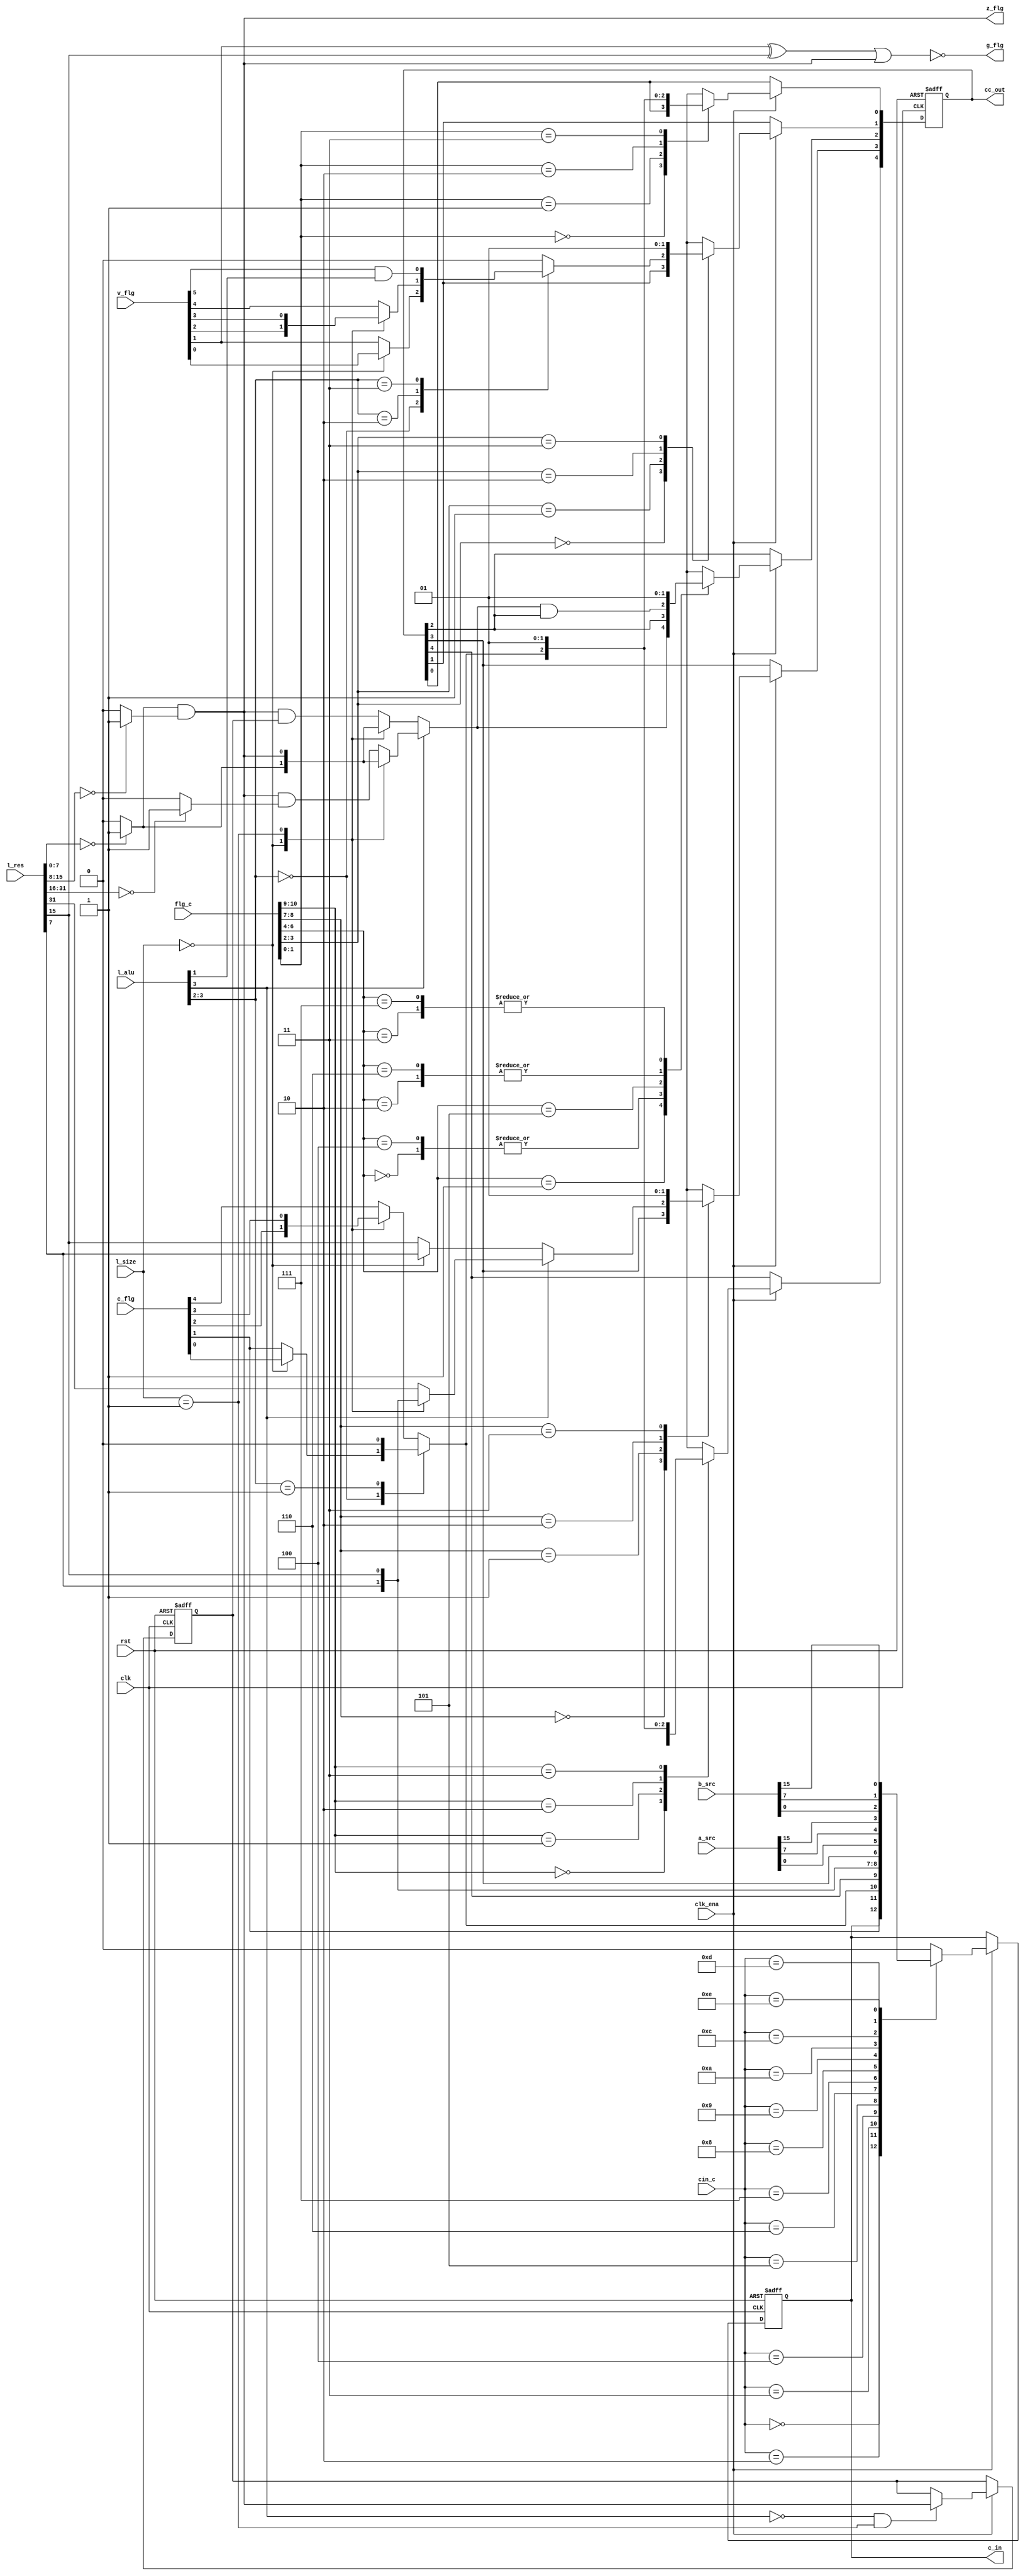
// Copyright 2011-2018 Frederic Requin
//
// This file is part of the MCC216 project
//
// The J68 core:
// -------------
// Simple re-implementation of the MC68000 CPU
// The core has the following characteristics:
//  - Tested on a Cyclone III (90 MHz) and a Stratix II (180 MHz)
//  - from 1500 (~70 MHz) to 1900 LEs (~90 MHz) on Cyclone III
//  - 2048 x 20-bit microcode ROM
//  - 256 x 28-bit decode ROM
//  - 2 x block RAM for the data and instruction stacks
//  - stack based CPU with forth-like microcode
//  - not cycle-exact : needs a frequency ~3 x higher
//  - all 68000 instructions are implemented
//  - almost all 68000 exceptions are implemented (only bus error missing)
//  - only auto-vector interrupts supported

module j68_flags
(
    // Clock and reset
    input             rst,    // CPU reset
    input             clk,    // CPU clock
    /* direct_enable = 1 */ input clk_ena, // CPU clock enable
    // Flags input
    input      [4:0]  c_flg,  // Partial C/X flags
    input      [5:0]  v_flg,  // Partial V flags
    input      [31:0] l_res,  // Latched result for N & Z flags
    input      [3:0]  l_alu,  // Latched ALU control
    input      [1:0]  l_size, // Latched operand size
    // Operand input
    input      [15:0] a_src,  // A operand
    input      [15:0] b_src,  // B operand
    // Flags control
    input      [10:0] flg_c,  // Flags output control
    input      [3:0]  cin_c,  // Carry in control
    // Flags output
    output      [4:0] cc_out,  // XNZVC 68000 flags
    output            c_in,    // Carry in for ALU
    output            z_flg,  // Zero flag for test block
    output            g_flg   // Greater than flag for test block
);
    reg        w_c_flg;
    reg        w_v_flg;
    reg        w_z_flg;
    reg        w_n_flg;
    wire [2:0] w_zero;
    
    reg        r_z_flg;
    reg  [4:0] r_cc_out;
    reg        r_c_in;

    // C/X flag computation
    always@(*) begin : C_X_FLAG
    
        case (l_alu[3:2])
            // Adder
            2'b00 : begin
                if (l_size == 2'b00) begin
                    w_c_flg = c_flg[0]; // Byte
                end
                else begin
                    w_c_flg = c_flg[1]; // Word & Long
                end
            end
            // Logic
            2'b01 : begin
                w_c_flg = 1'b0;
            end
            // Shifter
            default : begin
                case (l_size)
                    2'b00   : w_c_flg = c_flg[2]; // Byte
                    2'b01   : w_c_flg = c_flg[3]; // Word
                    default : w_c_flg = c_flg[4]; // Long
                endcase
            end
        endcase
    end

    // V flag computation
    always@(l_alu or l_size or v_flg) begin : V_FLAG
    
        case (l_alu[3:2])
            // Adder
            2'b00 : begin
                if (l_size == 2'b00) begin
                    w_v_flg = v_flg[0]; // Byte
                end
                else begin
                    w_v_flg = v_flg[1]; // Word & Long
                end
            end
            // Left shifter (ASL case)
            2'b10 : begin
                case (l_size)
                    2'b00   : w_v_flg = v_flg[2]; // Byte
                    2'b01   : w_v_flg = v_flg[3]; // Word
                    default : w_v_flg = v_flg[4]; // Long
                endcase
            end
            // Right shifter (DIVU/DIVS case)
            2'b11 : begin
                w_v_flg = v_flg[5] & l_alu[1];
            end
            // Logic : no overflow
            default : begin
                w_v_flg = 1'b0;
            end
        endcase
    end

    // Z flag computation
    assign w_zero[0] = (l_res[7:0] == 8'h00)      ? 1'b1 : 1'b0;
    assign w_zero[1] = (l_res[15:8] == 8'h00)     ? 1'b1 : 1'b0;
    assign w_zero[2] = (l_res[31:16] == 16'h0000) ? 1'b1 : 1'b0;
    always@(*) begin : Z_FLAG
    
        if (l_alu[3]) begin
            // Shifter
            case (l_size)
                2'b00   : w_z_flg = w_zero[0];                         // Byte
                2'b01   : w_z_flg = w_zero[0] & w_zero[1];             // Word
                default : w_z_flg = w_zero[0] & w_zero[1] & w_zero[2]; // Long
            endcase
        end
        else begin
            // Adder & Logic
            case (l_size)
                2'b00   : w_z_flg = w_zero[0];                         // Byte
                2'b01   : w_z_flg = w_zero[0] & w_zero[1];             // Word
                default : w_z_flg = w_zero[0] & w_zero[1] & r_z_flg;   // Long
            endcase
        end
    end

    // N flag computation
    always@(*) begin : N_FLAG
    
        if (l_alu[3]) begin
            // Shifter
            case (l_size)
                2'b00   : w_n_flg = l_res[7];  // Byte
                2'b01   : w_n_flg = l_res[15]; // Word
                default : w_n_flg = l_res[31]; // Long
            endcase
        end
        else begin
            // Adder & Logic
            case (l_size)
                2'b00   : w_n_flg = l_res[7];  // Byte
                2'b01   : w_n_flg = l_res[15]; // Word
                default : w_n_flg = l_res[15]; // Long
            endcase
        end
    end

    // Flag output control
    //  00 : keep (-)
    //  01 : update (*)
    //  10 : clear (0)
    //  11 : set (1)
    // 100 : update, clear only (.)
    always@(posedge rst or posedge clk) begin : CCR_OUTPUT
    
        if (rst) begin
            r_cc_out  <= 5'b00100;
            r_z_flg <= 1'b0;
        end
        else if (clk_ena) begin
            // C flag update
            case (flg_c[1:0])
                2'b00 : r_cc_out[0] <= r_cc_out[0];
                2'b01 : r_cc_out[0] <= w_c_flg;
                2'b10 : r_cc_out[0] <= 1'b0;
                2'b11 : r_cc_out[0] <= 1'b1;
            endcase
            // V flag update
            case (flg_c[3:2])
                2'b00 : r_cc_out[1] <= r_cc_out[1];
                2'b01 : r_cc_out[1] <= w_v_flg;
                2'b10 : r_cc_out[1] <= 1'b0;
                2'b11 : r_cc_out[1] <= 1'b1;
            endcase
            // Z flag update
            case (flg_c[6:4])
                3'b000 : r_cc_out[2] <= r_cc_out[2];
                3'b001 : r_cc_out[2] <= w_z_flg;
                3'b010 : r_cc_out[2] <= 1'b0;
                3'b011 : r_cc_out[2] <= 1'b1;
                3'b100 : r_cc_out[2] <= r_cc_out[2];
                3'b101 : r_cc_out[2] <= w_z_flg & r_cc_out[2];
                3'b110 : r_cc_out[2] <= 1'b0;
                3'b111 : r_cc_out[2] <= 1'b1;
            endcase
            // N flag update
            case (flg_c[8:7])
                2'b00 : r_cc_out[3] <= r_cc_out[3];
                2'b01 : r_cc_out[3] <= w_n_flg;
                2'b10 : r_cc_out[3] <= 1'b0;
                2'b11 : r_cc_out[3] <= 1'b1;
            endcase
            // X flag update
            case (flg_c[10:9])
                2'b00 : r_cc_out[4] <= r_cc_out[4];
                2'b01 : r_cc_out[4] <= w_c_flg;
                2'b10 : r_cc_out[4] <= 1'b0;
                2'b11 : r_cc_out[4] <= 1'b1;
            endcase
            if ((!l_alu[3]) && (l_size == 2'b01)) begin
              r_z_flg <= w_zero[0] & w_zero[1];
            end
        end
    end
    assign cc_out = r_cc_out;
    // Zero flag from word result
    assign z_flg = w_zero[0] & w_zero[1];
    // Greater than from adder : not((V xor N) or Z)
    assign g_flg = ~((v_flg[1] ^ l_res[15]) | (w_zero[0] & w_zero[1]));

    // Carry input control
    // 0000 : keep       : KEEP
    // 0001 : 0          : CLR
    // 0010 : c_flg[1]   : C_ADD
    // 0011 : w_c_flg    : C_FLG
    // 0100 : X flag     : X_SR
    // 0101 : result[7]  : N_B
    // 0110 : result[15] : N_W
    // 0111 : N flag     : N_SR
    // 1000 : a_src[0]   : T0
    // 1001 : a_src[7]   : T7
    // 1010 : a_src[15]  : T15
    // 1100 : b_src[0]   : N0
    // 1101 : b_src[7]   : N7
    // 1110 : b_src[15]  : N15
    always@(posedge rst or posedge clk) begin : CARRY_INPUT
    
        if (rst) begin
            r_c_in <= 1'b0;
        end
        else if (clk_ena) begin
            case (cin_c)
                4'b0000 : r_c_in <= r_c_in;      // Keep flag
                4'b0001 : r_c_in <= 1'b0;        // For ASL, LSL, LSR
                4'b0010 : r_c_in <= c_flg[1];    // For ADD.L, SUB.L
                4'b0011 : r_c_in <= w_c_flg;     // For ADDX, SUBX, ROXL, ROXR
                4'b0100 : r_c_in <= r_cc_out[4]; // X flag
                4'b0101 : r_c_in <= l_res[7];    // For EXT.W
                4'b0110 : r_c_in <= l_res[15];   // For EXT.L
                4'b0111 : r_c_in <= r_cc_out[3]; // N flag
                4'b1000 : r_c_in <= a_src[0];    // For ROR
                4'b1001 : r_c_in <= a_src[7];    // For ASR.B, ROL.B
                4'b1010 : r_c_in <= a_src[15];   // For ASR.W, ROL.W
                4'b1100 : r_c_in <= b_src[0];    // For ROR.B, ROR.W
                4'b1101 : r_c_in <= b_src[7];    // For ASR.B, ROL.B
                4'b1110 : r_c_in <= b_src[15];   // For ASR.W, ASR.L, ROL.W, ROL.L
                default : r_c_in <= 1'b0;
            endcase
        end
    end
    assign c_in = r_c_in;

endmodule